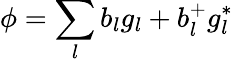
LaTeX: \phi=\sum_{l}b_{l}g_{l}+b_{l}^{+}g_{l}^{*}